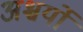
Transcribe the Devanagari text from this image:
अश्चर्यों